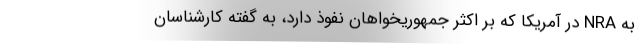
به NRA در آمریکا که بر اکثر جمهوریخواهان نفوذ دارد، به گفته کارشناسان